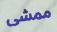
ممشى